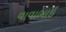
વાવાભાઇ